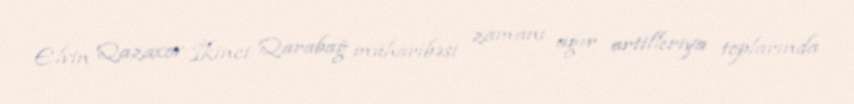
Elvin Qazaxov İkinci Qarabağ müharibəsi zamanı ağır artilleriya toplarında